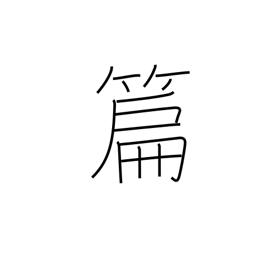
Meaning: compilation